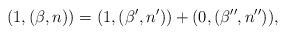
LaTeX: \begin{align*}(1,(\beta,n))=(1,(\beta',n'))+(0,(\beta'',n'')),\end{align*}